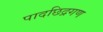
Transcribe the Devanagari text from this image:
पादछिद्रगण